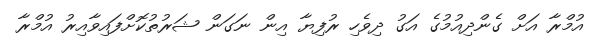
އުމްރާ އަށް ގެންދިއުމުގެ އަގު ދިވެހި ރުފިޔާ އިން ނަގަން ޝަރުތުކޮށްފައިވާއިރު އުމްރާ